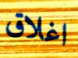
اغلاق